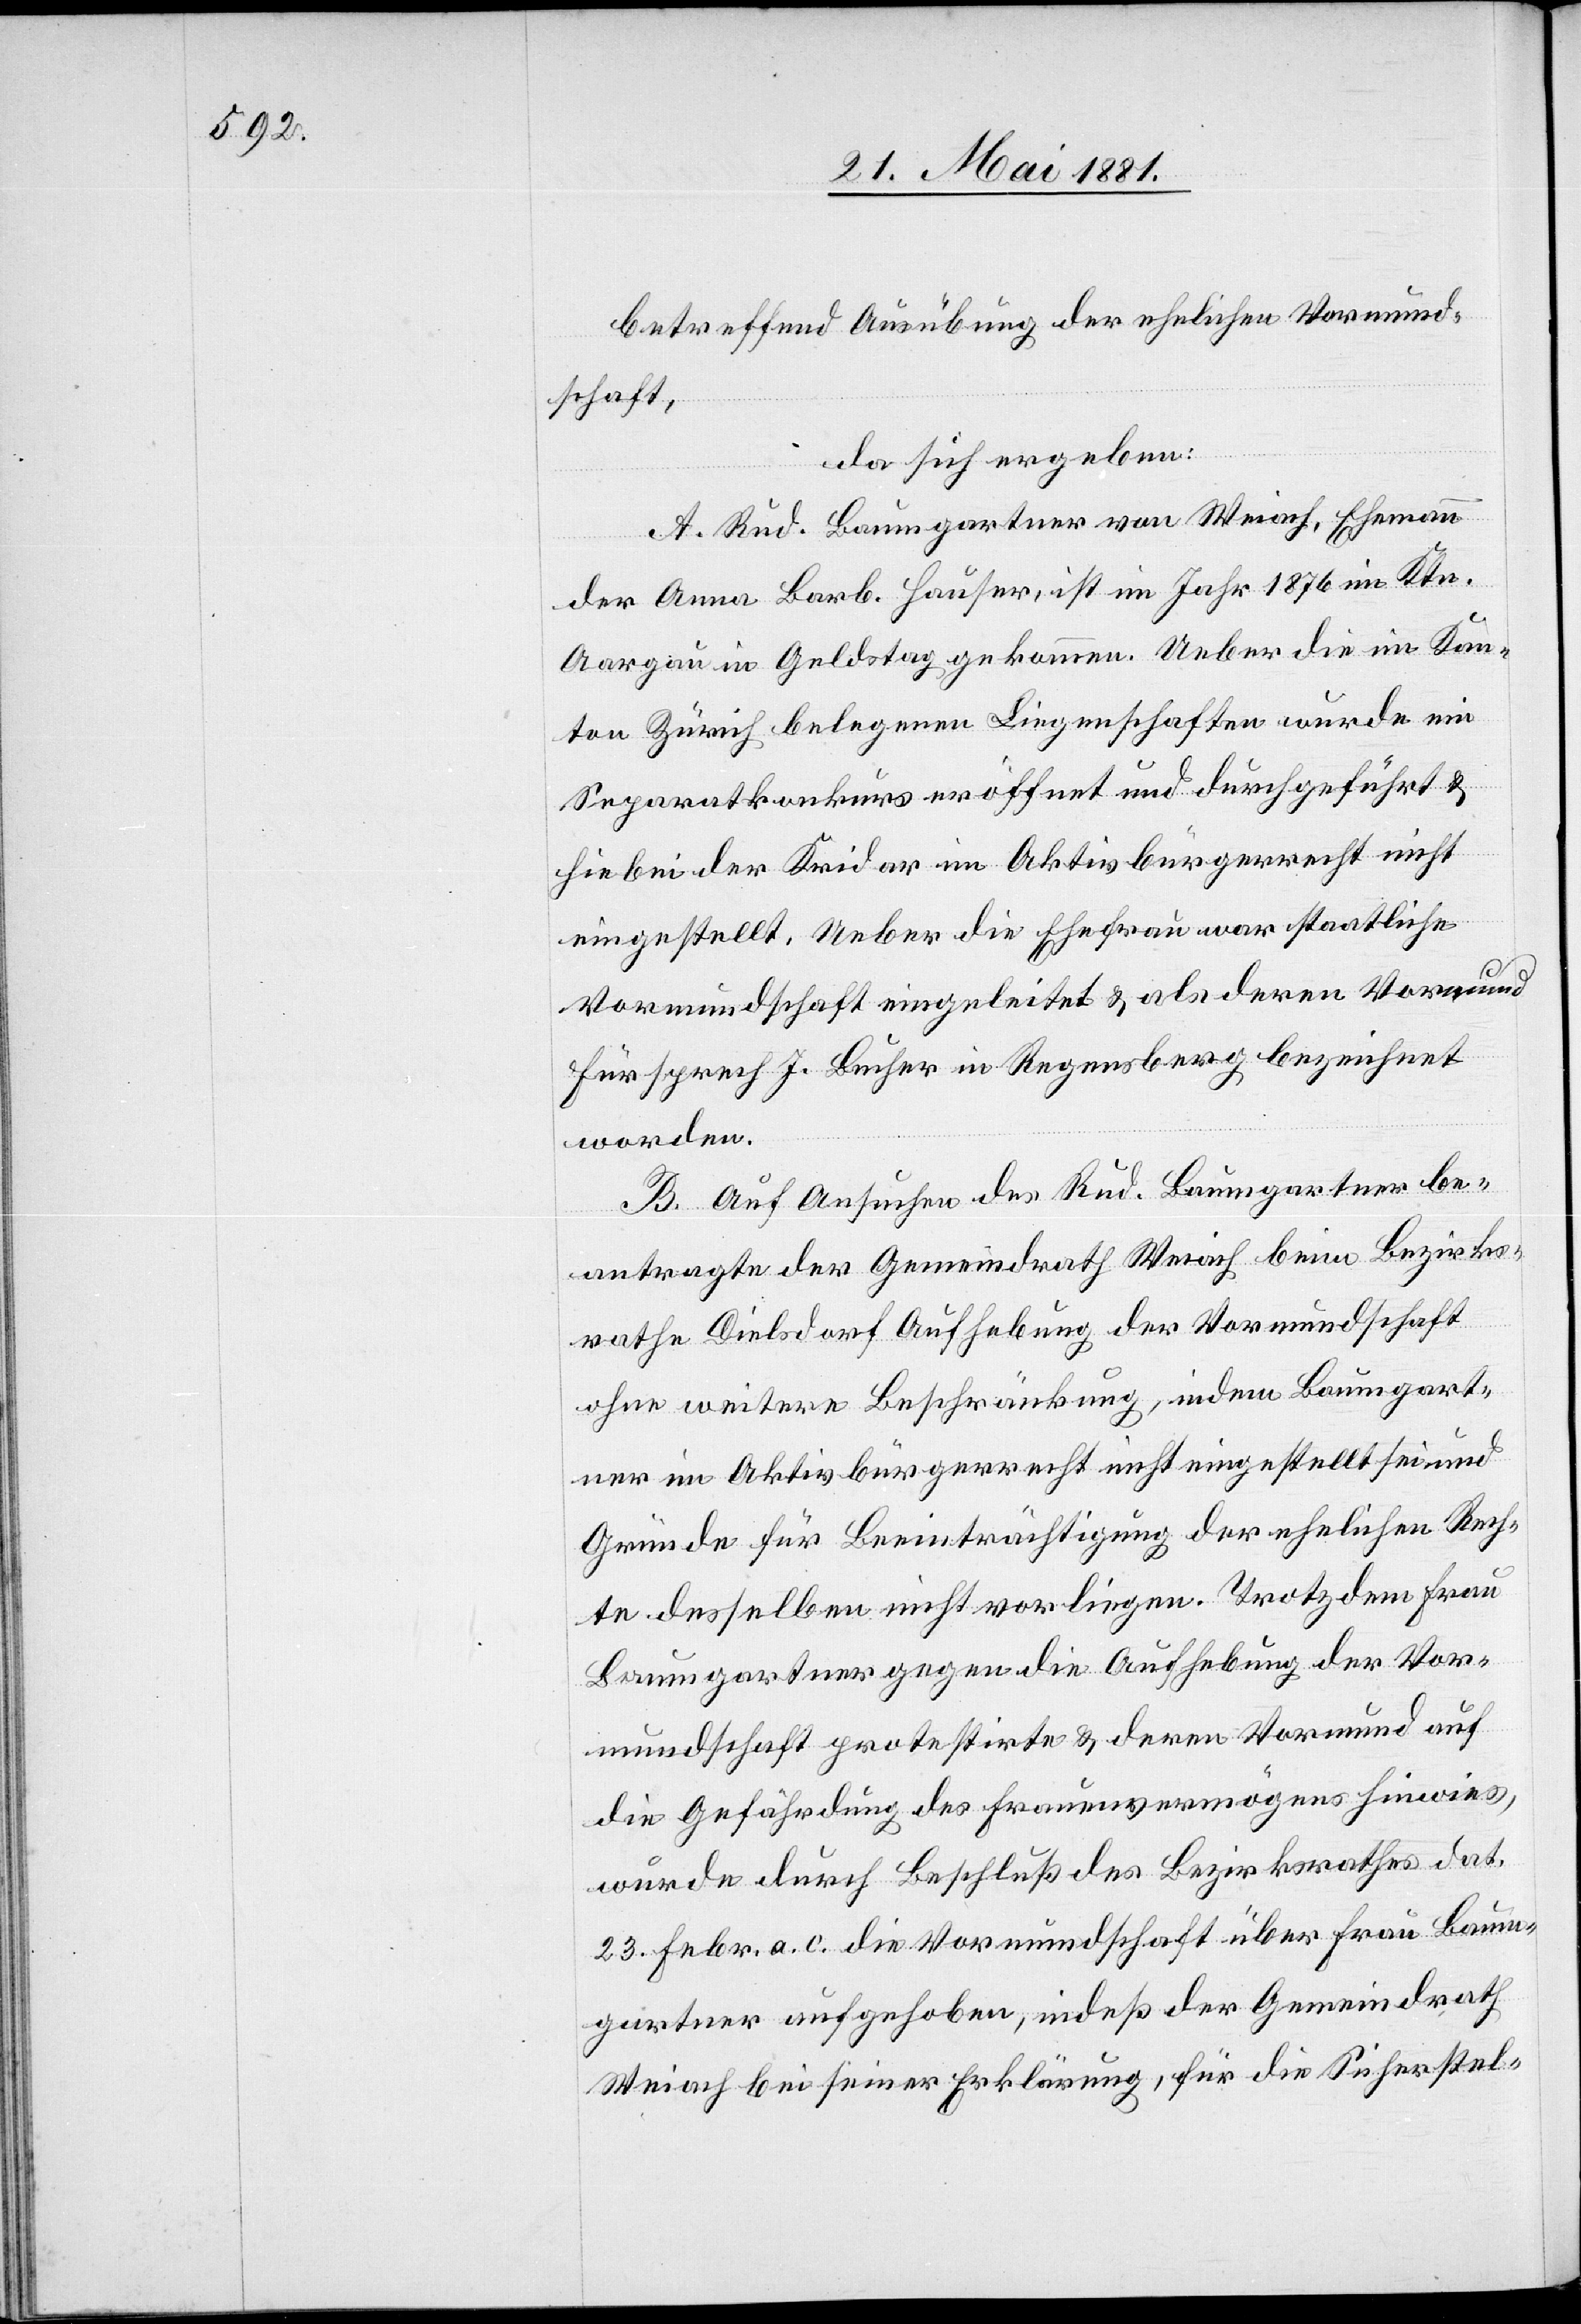
betreffend Ausübung der ehelichen Vormund¬
schaft,
da sich ergeben:
A. Rud. Baumgartner von Weiach, Ehemann
der Anna Barb. Hauser, ist im Jahr 1876 im Ktn.
Aargau in Geldstag gekommen. Ueber die im Kan¬
ton Zürich gelegenen Liegenschaften wurde ein
Separatkonkurs eröffnet und durchgeführt &
hiebei der Kridar im Aktivbürgerrecht nicht
eingestellt. Ueber die Ehefrau war staatliche
Vormundschaft eingeleitet & als deren Vormund
Fürsprech J. Bucher in Regensberg bezeichnet
worden.
B. Auf Ansuchen des Rud. Baumgartner be¬
antragte der Gemeindrath Weiach beim Bezirks¬
rathe Dielsdorf Aufhebung der Vormundschaft
ohne weitere Beschränkung, indem Baumgart¬
ner im Aktivbürgerrecht nicht eingestellt sei und
Gründe für Beeinträchtigung der ehelichen Rech¬
te desselben nicht vorliegen. Trotzdem Frau
Baumgartner gegen die Aufhebung der Vor¬
mundschaft protestirte & deren Vormund auf
die Gefährdung des Frauenvermögens hinwies,
wurde durch Beschluß des Bezirksrathes dat.
23. Febr. a. c. die Vormundschaft über Frau Baum¬
gartner aufgehoben, indeß der Gemeindrath
Weiach bei seiner Erklärung, für die Sicherstel-